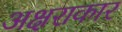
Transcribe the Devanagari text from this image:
अक्षराकार